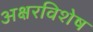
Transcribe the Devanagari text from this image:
अक्षरविशेष